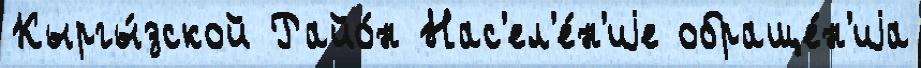
Кыргы́зской Райо́н Нас'ел'е́н'иjе обраще́н'иjа